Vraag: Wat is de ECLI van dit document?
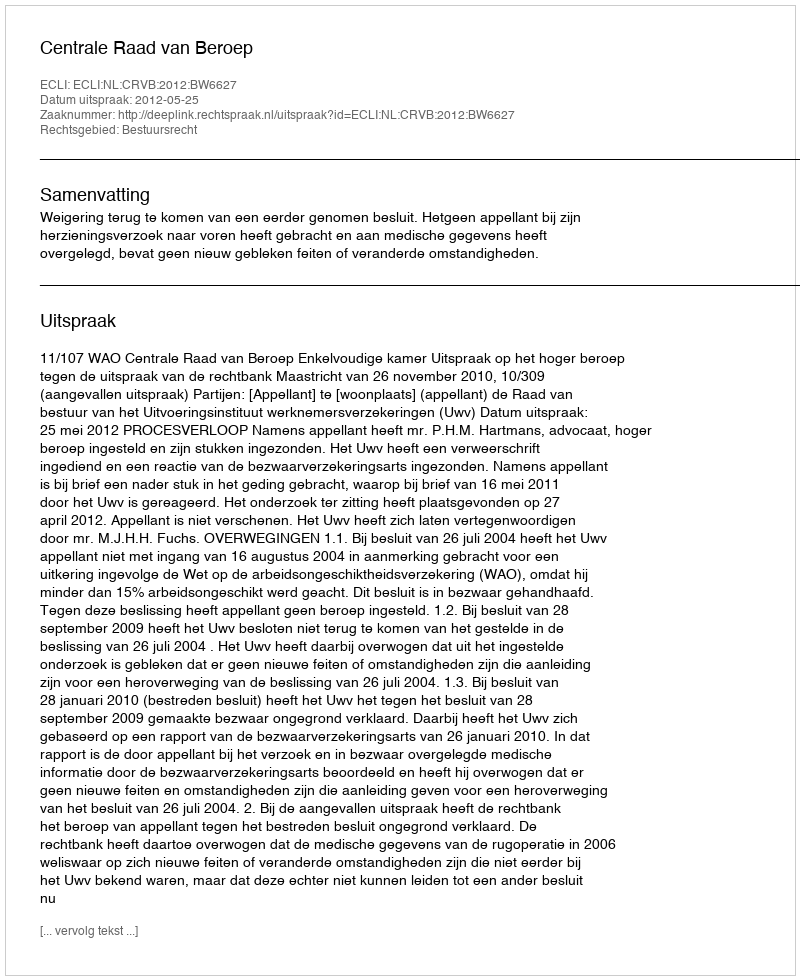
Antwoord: ECLI:NL:CRVB:2012:BW6627